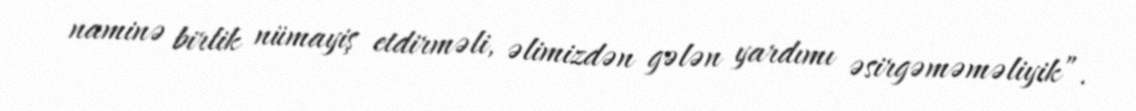
naminə birlik nümayiş etdirməli, əlimizdən gələn yardımı əsirgəməməliyik”.